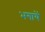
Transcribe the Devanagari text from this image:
भगायें